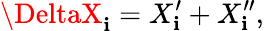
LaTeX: \DeltaX_{\mathbf{i}}=X_{\mathbf{i}}^{\prime}+X_{\mathbf{i}}^{\prime\prime},